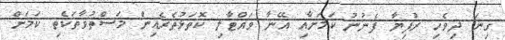
ގިނަ ދިވެހި ރުފިޔާ ފެނުނު ކަމަށާއި އޭނާ ވައްޓާލި ކޮތަޅުތެރެއިން މަސްތުވާތަކެތި ކަމަށް